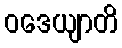
ဝဒေယျာတိ